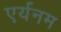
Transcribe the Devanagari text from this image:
एर्यनम